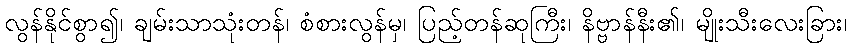
လွန်နိုင်စွာ၍၊ ချမ်းသာသုံးတန်၊ စံစားလွန်မှ၊ ပြည့်တန်ဆုကြီး၊ နိဗ္ဗာန်နီး၏၊ မျိုးသီးလေးခြား၊